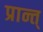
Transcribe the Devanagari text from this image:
प्रान्त्